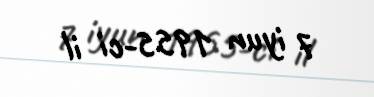
7 iyun 1955-ci il